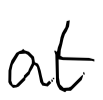
Text: at
Cross-out: clean
Writing tool: digital_black